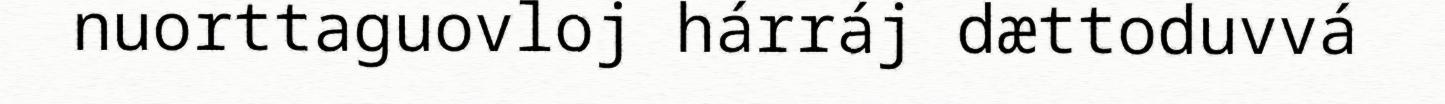
nuorttaguovloj hárráj dættoduvvá